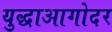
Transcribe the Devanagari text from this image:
युद्धाआगोदर